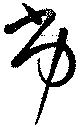
劣